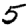
Digit: 5